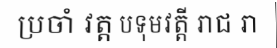
ប្រចាំ វត្ត បទុមវត្តី រាជ រា